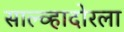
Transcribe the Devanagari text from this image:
साल्व्हादोरला